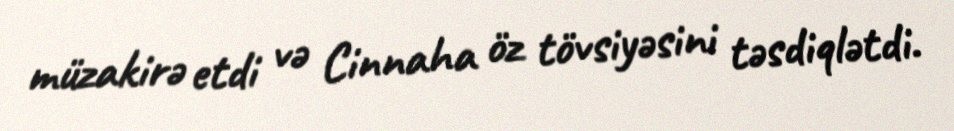
müzakirə etdi və Cinnaha öz tövsiyəsini təsdiqlətdi.